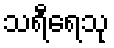
သရီရေသု